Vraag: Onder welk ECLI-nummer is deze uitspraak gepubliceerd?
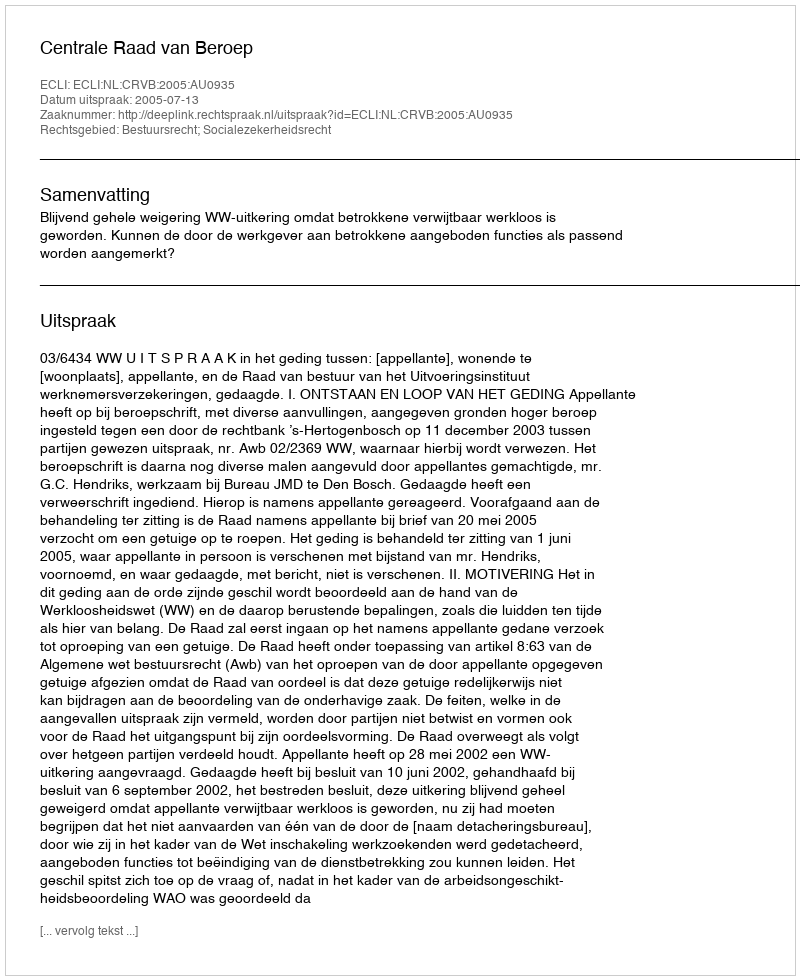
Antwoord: ECLI:NL:CRVB:2005:AU0935